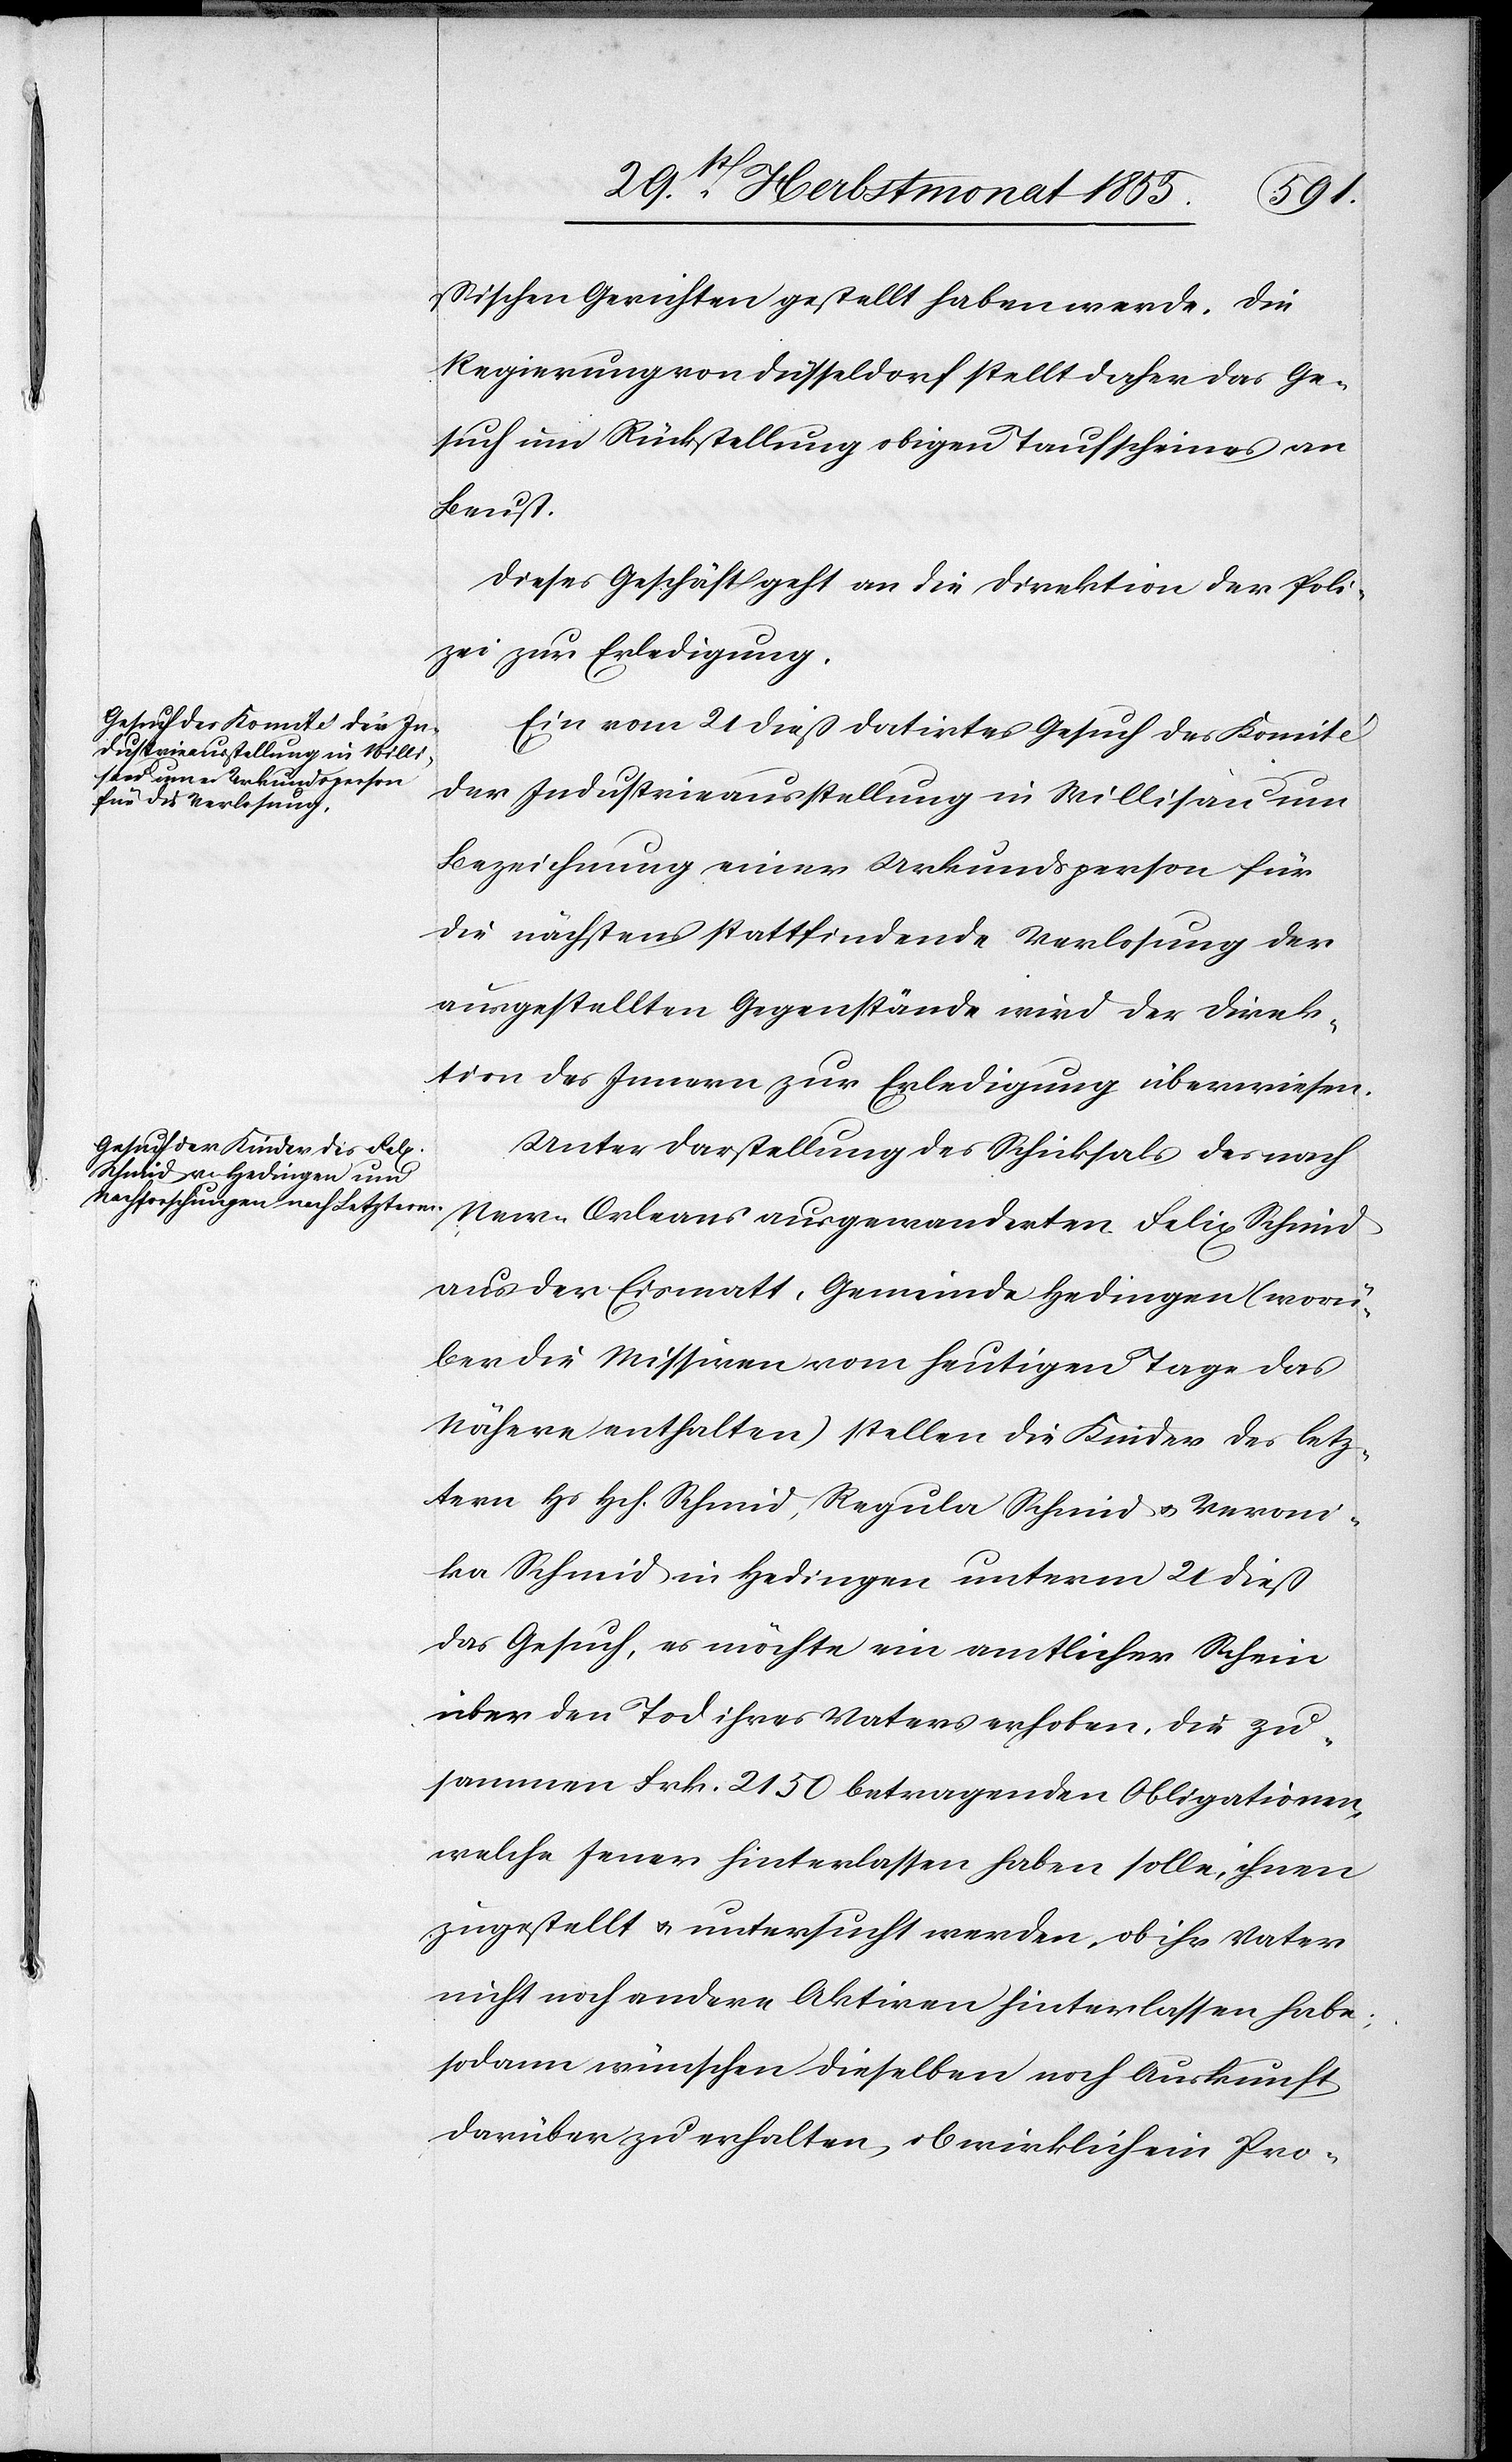
ssischen Gerichten gestellt haben werde. Die
Regierung von Düsseldorf stellt daher das Ge¬
such um Rückstellung obigen Taufscheines an
Beust.
Dieses Geschäft geht an die Direktion der Poli¬
zei zur Erledigung.
Ein vom 21 dieß datirtes Gesuch des Komité
der Industrieausstellung in Willisau um
Bezeichnung einer Urkundsperson für
die nächstens stattfindende Verlesung der
ausgestellten Gegenstände wird der Direk¬
tion des Innern zur Erledigung überwiesen.
Unter Darstellung des Schicksals des nach
New-Orleans ausgewanderten Felix Schmid
aus der Eismatt, Gemeinde Hedingen (worü¬
ber die Missiven vom heutigen Tage das
Nähere enthalten) stellen die Kinder des letz¬
tern Hs. Hch. Schmid, Regula Schmid & Veroni¬
ka Schmid in Hedingen unterm 21 dieß
das Gesuch, es möchte ein amtlicher Schein
über den Tod ihres Vaters erhoben, die zu¬
sammen Frk. 2150 betragenden Obligationen,
welche Jener hinterlassen haben solle, ihnen
zugestellt & untersucht werden, ob ihr Vater
nicht noch andere Aktiven hinterlassen habe;
sodann wünschen dieselben noch Auskunft
darüber zu erhalten, ob wirklich ein Pro-